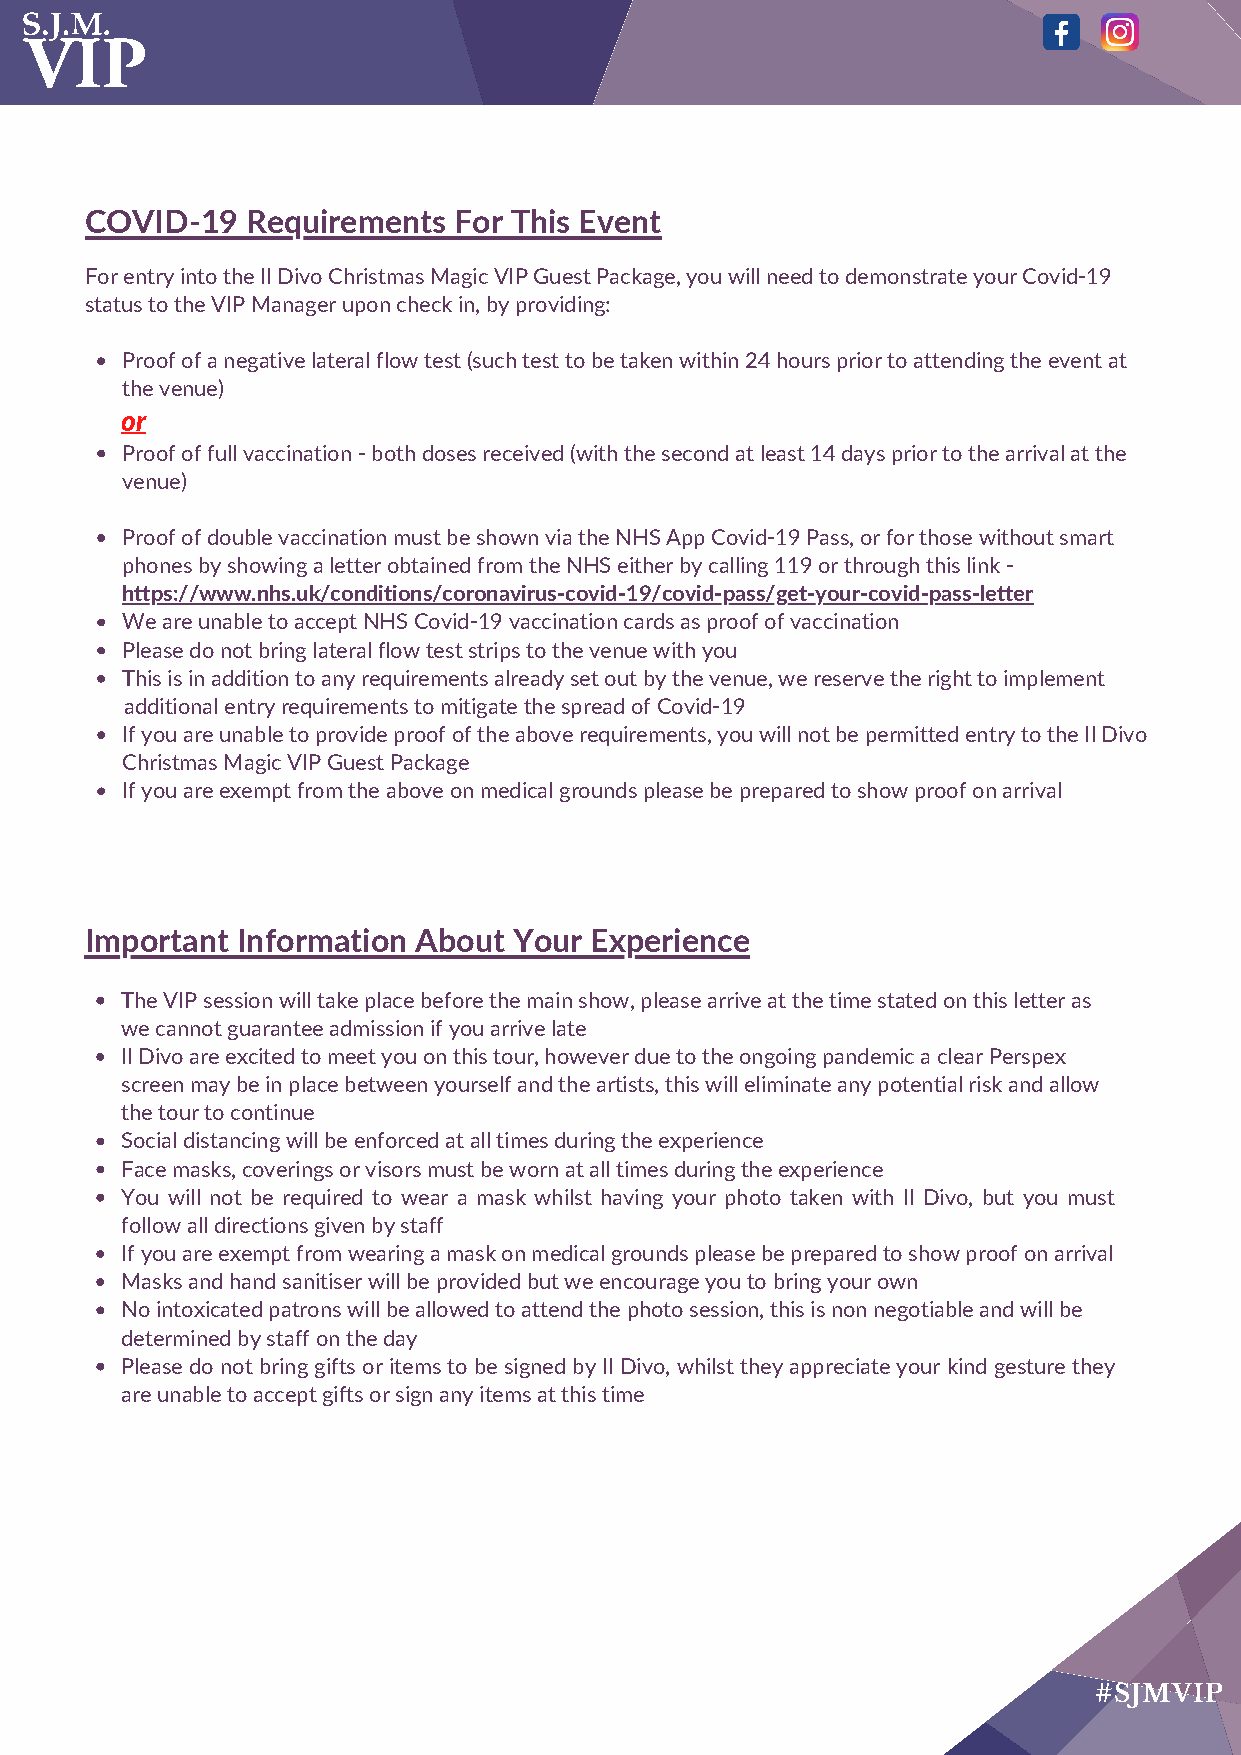
COVID-19  Requirements  For This Event
 For entry into the Il Divo Christmas Magic VIP Guest Package, you will need to demonstrate your Covid-19
 status to the VIP Manager upon check in, by providing:
 Proof of a negative lateral flow test (such test to be taken within 24 hours prior to attending the event at
 the venue)
 or
 Proof of full vaccination - both doses received (with the second at least 14 days prior to the arrival at the
 venue)
 Proof of double vaccination must be shown via the NHS App Covid-19 Pass, or for those without smart
 phones by showing a letter obtained from the NHS either by calling 119 or through this link -
 https://www.nhs.uk/conditions/coronavirus-covid-19/covid-pass/get-your-covid-pass-letter
 We are unable to accept NHS Covid-19 vaccination cards as proof of vaccination
 Please do not bring lateral flow test strips to the venue with you
 This is in addition to any requirements already set out by the venue, we reserve the right to implement
 additional entry requirements to mitigate the spread of Covid-19
 If you are unable to provide proof of the above requirements, you will not be permitted entry to the Il Divo
 Christmas Magic VIP Guest Package
 If you are exempt from the above on medical grounds please be prepared to show proof on arrival
 Important Information About Your Experience
 The VIP session will take place before the main show, please arrive at the time stated on this letter as
 we cannot guarantee admission if you arrive late
 Il Divo are excited to meet you on this tour, however due to the ongoing pandemic a clear Perspex
 screen may be in place between yourself and the artists, this will eliminate any potential risk and allow
 the tour to continue
 Social distancing will be enforced at all times during the experience
 Face masks, coverings or visors must be worn at all times during the experience
 You will not be required to wear a mask whilst having your photo taken with Il Divo, but you must
 follow all directions given by staff
 If you are exempt from wearing a mask on medical grounds please be prepared to show proof on arrival
 Masks and hand sanitiser will be provided but we encourage you to bring your own
 No intoxicated patrons will be allowed to attend the photo session, this is non negotiable and will be
 determined by staff on the day
 Please do not bring gifts or items to be signed by Il Divo, whilst they appreciate your kind gesture they
 are unable to accept gifts or sign any items at this time
 #SJMVIP